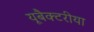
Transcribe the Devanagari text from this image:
यूबैक्टरीया